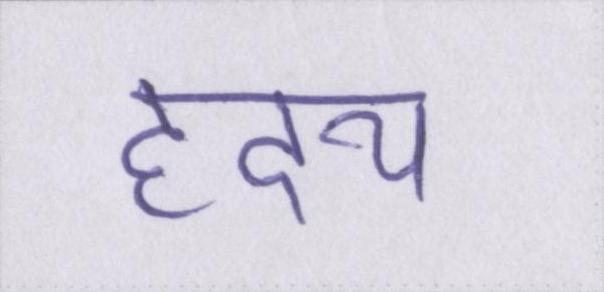
ह्रदय